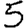
Digit: 5